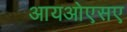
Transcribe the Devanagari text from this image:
आयओएसए